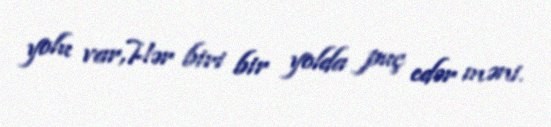
yolu var,Hər biri bir yolda puç edər məni.